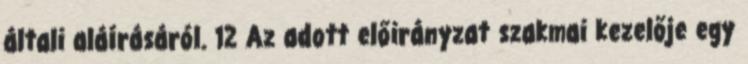
általi aláírásáról. 12 Az adott előirányzat szakmai kezelője egy